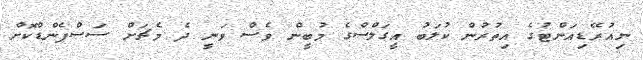
ނިއުރޭޑިއަންޓުގެ އިތުރުން ކުލަބު އީގަލްސްގެ މުބީން ވެސް ވަނީ ދެ މެޗަށް ސަސްޕެންޑްކޮށް